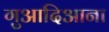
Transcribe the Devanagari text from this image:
गुआदिआना